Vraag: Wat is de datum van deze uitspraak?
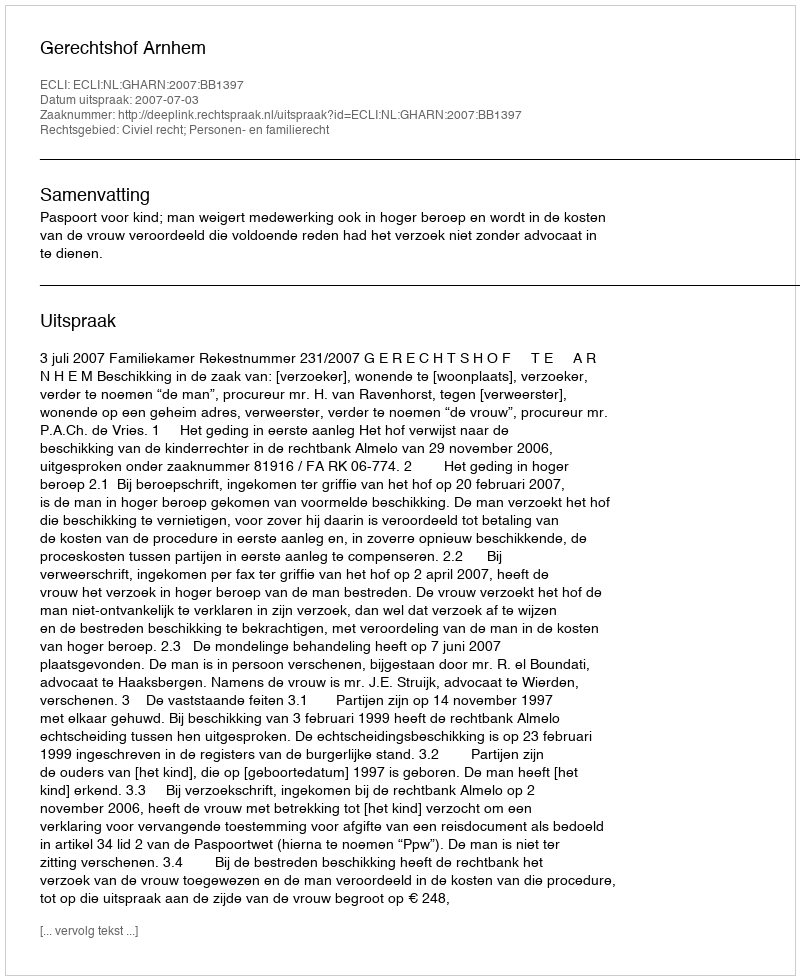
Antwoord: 2007-07-03